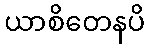
ယာစိတေနပိ